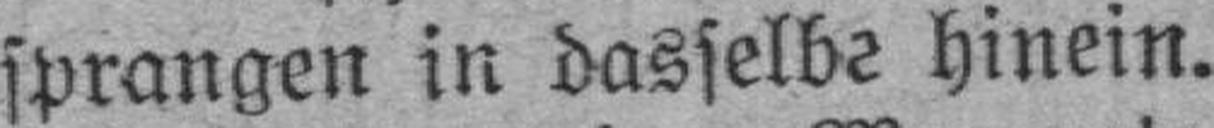
sprangen in dasselbe hinein.